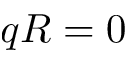
q R = 0